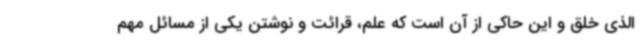
الذی خلق و این حاکی از آن است که علم، قرائت و نوشتن یکی از مسائل مهم